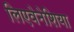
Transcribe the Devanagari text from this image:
लिएवेनेशिया